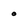
Character: 0